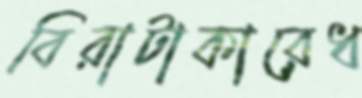
বিরাটাকারেধ